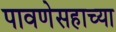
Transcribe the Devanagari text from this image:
पावणेसहाच्या